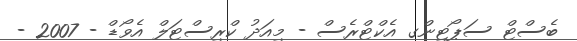
ބެސްޓް ސަޕޯޓިންގ އެކްޓްރެސް - މިއަދު ކްރިސްޓަލް އެވޯޑް - 2007 -